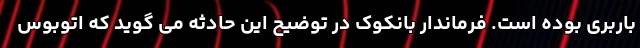
باربری بوده است. فرماندار بانکوک در توضیح این حادثه می گوید که اتوبوس